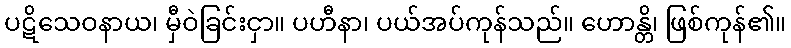
ပဋိသေဝနာယ၊ မှီဝဲခြင်းငှာ။ ပဟီနာ၊ ပယ်အပ်ကုန်သည်။ ဟောန္တိ၊ ဖြစ်ကုန်၏။